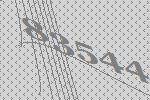
83544